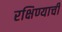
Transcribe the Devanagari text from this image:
रक्षिण्याची